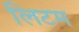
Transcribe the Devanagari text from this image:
लिटम